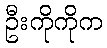
ဦးကိုကိုက